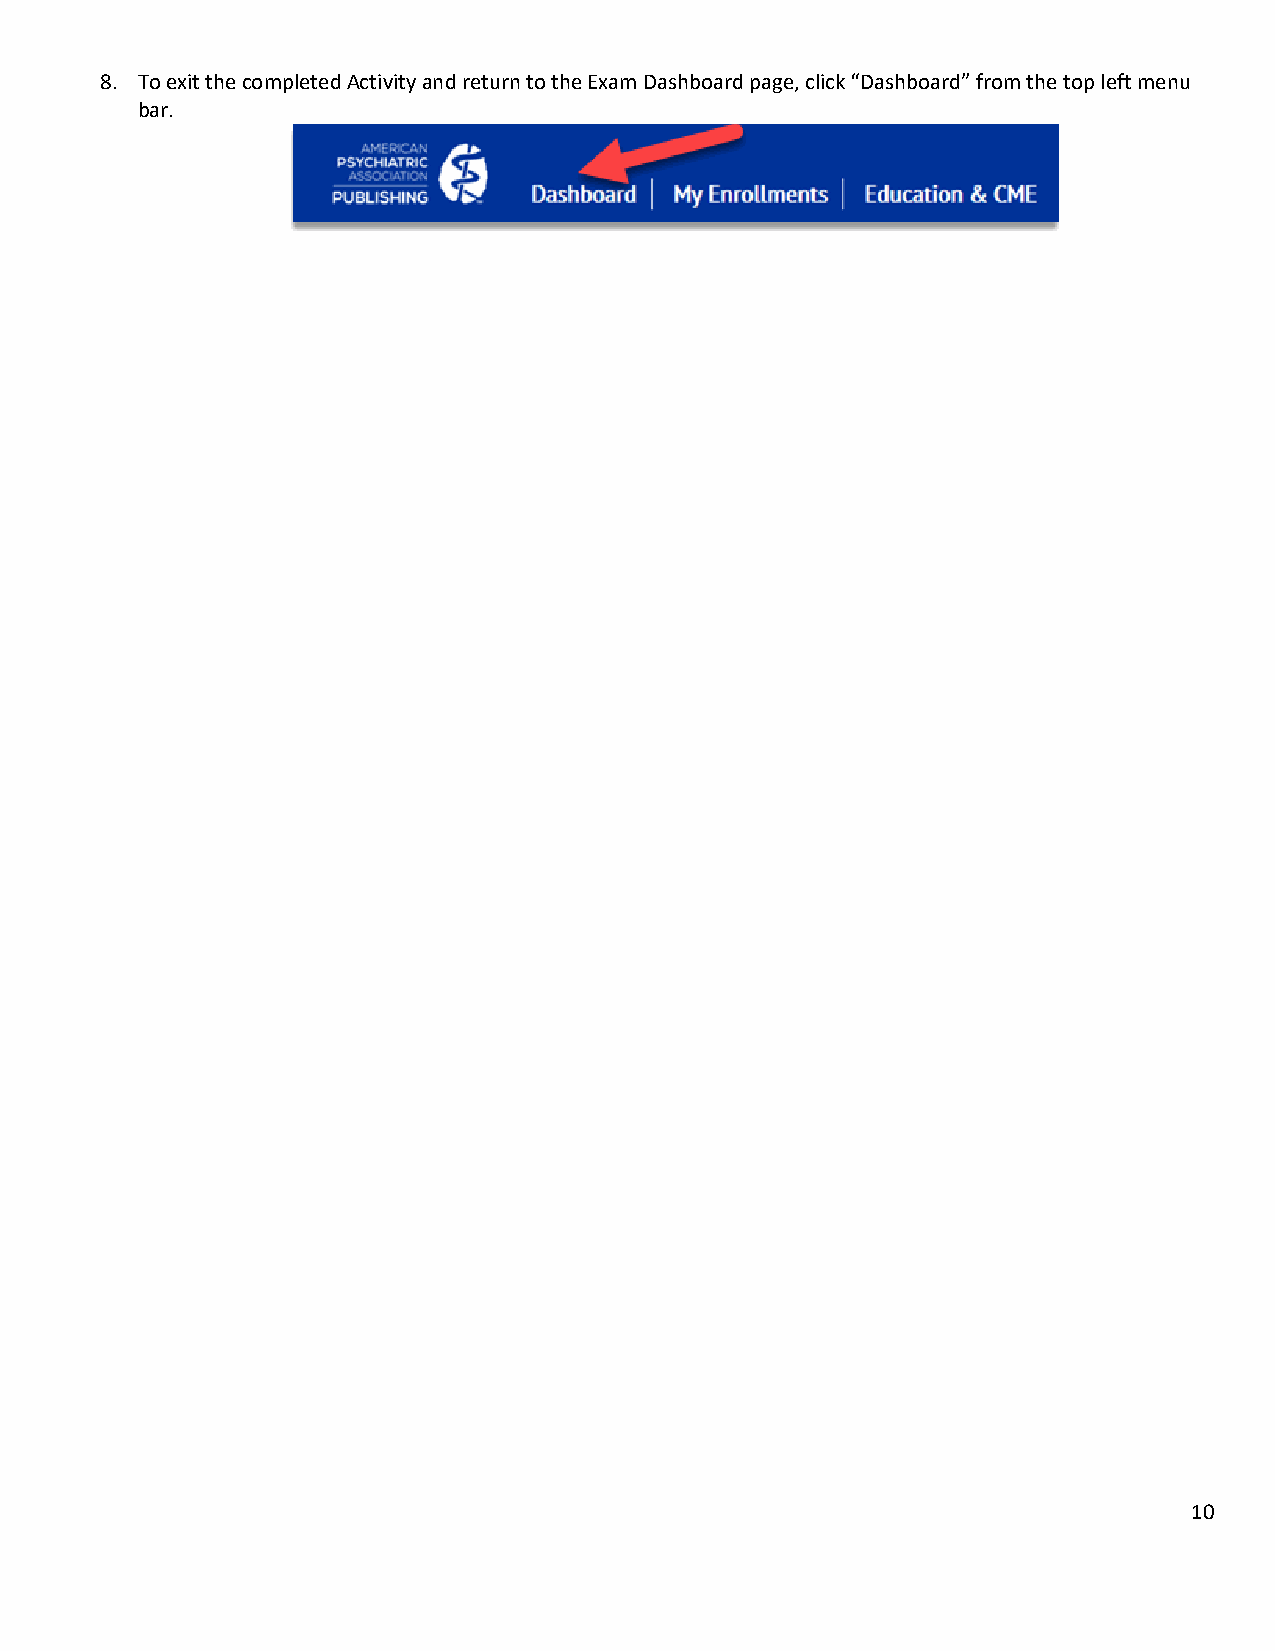
8. To exit the completed Activity and return to the Exam Dashboard page, click “Dashboard” from the top left menu
 bar.
 10